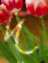
দ